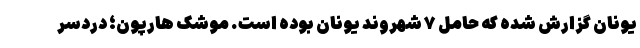
یونان گزارش شده که حامل ۷ شهروند یونان بوده است. موشک هارپون؛ دردسر